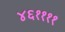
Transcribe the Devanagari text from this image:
४६११११